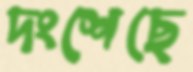
দংশেছে